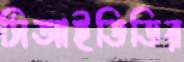
সিআইডিডির